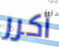
أكرر